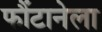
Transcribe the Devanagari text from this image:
फौंटानेला